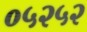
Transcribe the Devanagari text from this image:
०५२५२